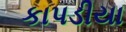
કાપડીયા